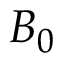
B _ { 0 }